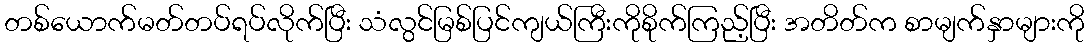
တစ်ယောက်မတ်တပ်ရပ်လိုက်ပြီး သံလွင်မြစ်ပြင်ကျယ်ကြီးကိုစိုက်ကြည့်ပြီး အတိတ်က စာမျက်နှာများကို